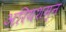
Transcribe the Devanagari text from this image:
अरियशम्न